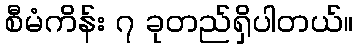
စီမံကိန်း ၇ ခုတည်ရှိပါတယ်။